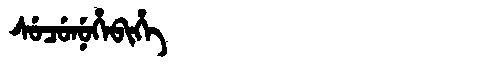
Manchu: ᠰᡠᠴᡠᠨᡠᡥᡝᠪᡳᡥᡝ
Romanization: SUCUNUHEBIHE